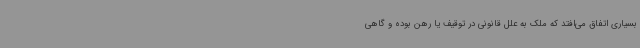
بسیاری اتفاق می‌افتد که ملک به علل قانونی در توقیف یا رهن بوده و گاهی